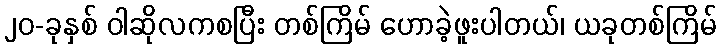
၂၀-ခုနှစ် ဝါဆိုလကစပြီး တစ်ကြိမ် ဟောခဲ့ဖူးပါတယ်၊ ယခုတစ်ကြိမ်